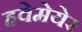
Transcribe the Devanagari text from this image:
हवेमेयेर